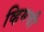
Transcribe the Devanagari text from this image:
व्हिमची